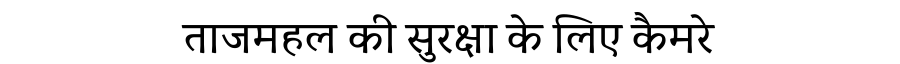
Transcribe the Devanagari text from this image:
ताजमहल की सुरक्षा के लिए कैमरे